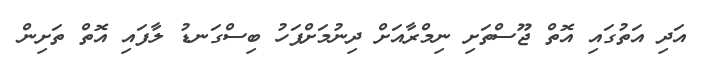
އަދި އަތުގައި އޮތް ޖޫސްތަށި ނިމްރާއަށް ދިނުމަށްފަހު ބިސްގަނޑު ލާފައި އޮތް ތަށިން